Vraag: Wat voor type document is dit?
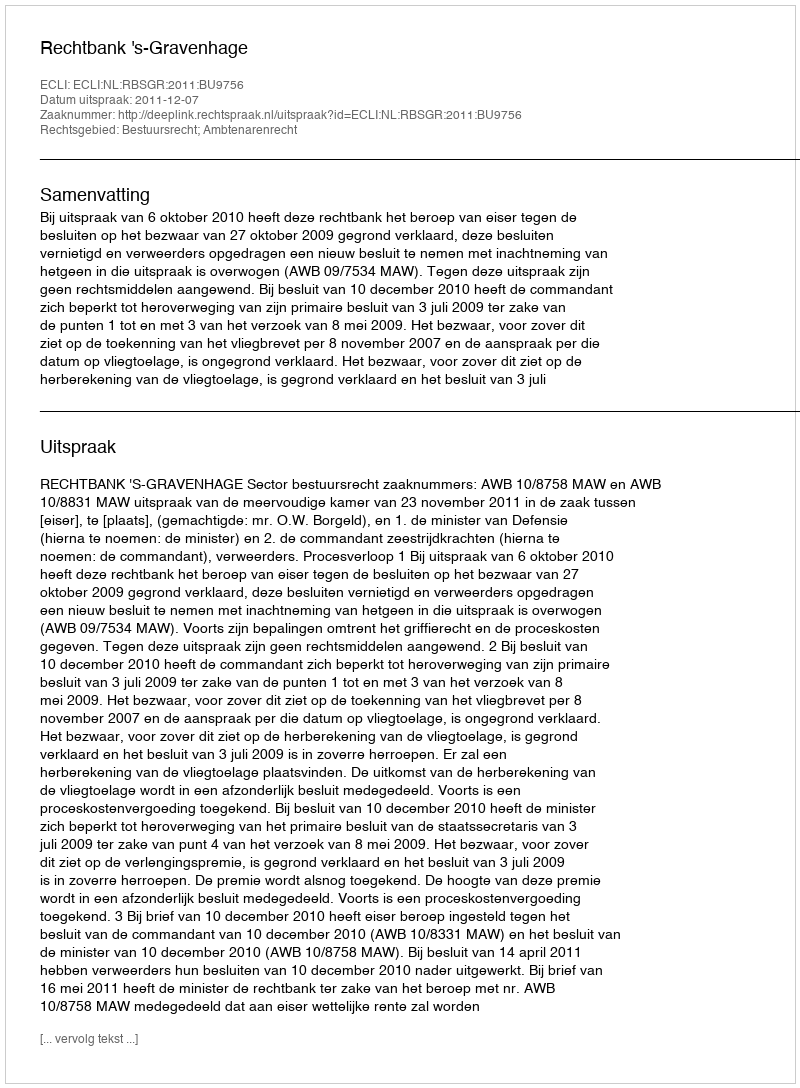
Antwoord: Uitspraak